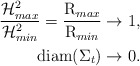
\begin{align*}\frac{\mathcal{H}^2_{max}}{\mathcal{H}^2_{min}}=\frac{\operatorname{R}_{max}}{\operatorname{R}_{min}}&\to 1,\\\operatorname{diam}(\Sigma_t)&\to 0.\end{align*}